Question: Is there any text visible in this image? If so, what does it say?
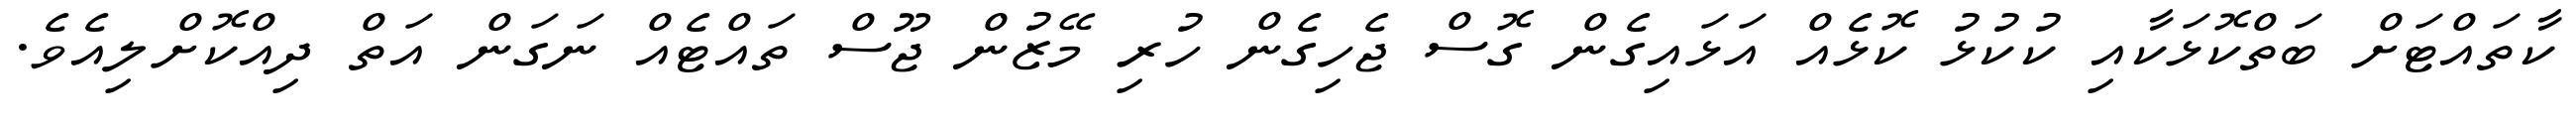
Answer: ކާތައްޓަށް ބަތްކޮޅަކާއި ކުކުޅު ކޮޅެއް އަޅައިގެން ގޮސް ޖެހިގެން ހުރި މޭޒުން ޖޫސް ތައްޓެއް ނަގަން އަތް ދިއްކޮށްލިއެވެ.